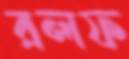
রলফ